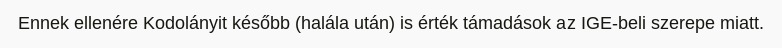
Ennek ellenére Kodolányit később (halála után) is érték támadások az IGE-beli szerepe miatt.